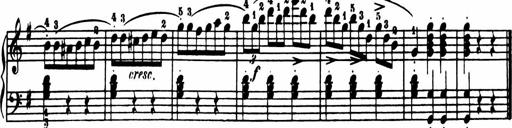
Title: Sonatina in G major
Composer: Friedrich Kuhlau
Key: G major